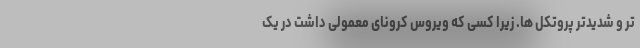
تر و شدیدتر پروتکل ها. زیرا کسی که ویروس کرونای معمولی داشت در یک